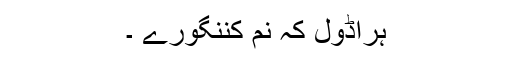
ہراڈول کہ نم کننگورے ۔